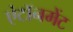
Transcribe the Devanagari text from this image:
एंटॉनमेंट